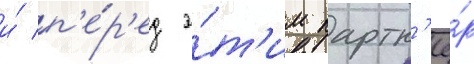
и́ п'е́р'ед э́т'им партн'ё́р